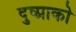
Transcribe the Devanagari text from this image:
दुष्प्राको